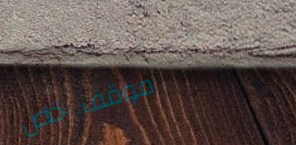
موقف خاص